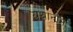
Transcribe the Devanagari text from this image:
यथानाम